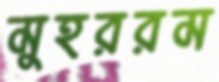
মুহররম